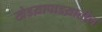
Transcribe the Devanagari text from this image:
खेडय़ापाडय़ातील